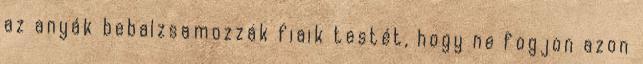
az anyák bebalzsamozzák fiaik testét, hogy ne fogjon azon